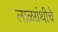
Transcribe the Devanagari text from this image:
लाळग्रंथीचे